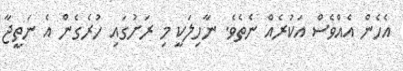
އެހެން އެއްވެސް އަކުރެއް ނެތެވެ. ނާހިލަކީ މި ރަށުގައި ހުރެގެން އެ ނަތީޖާ